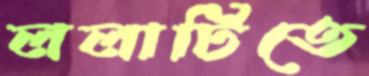
ললাটিতে